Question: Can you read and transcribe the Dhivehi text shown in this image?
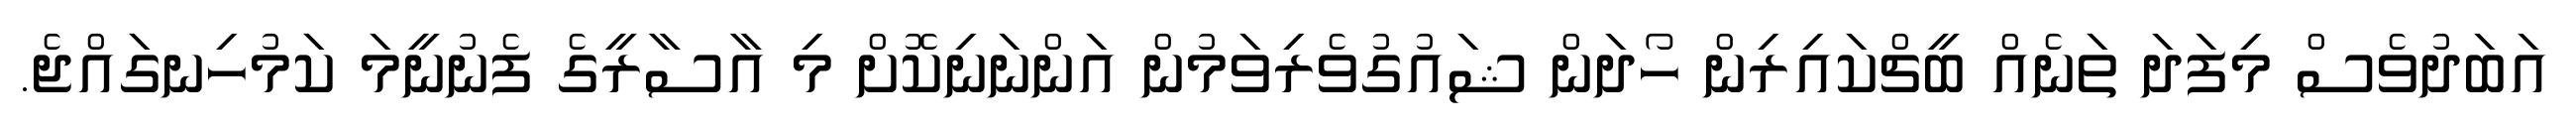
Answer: އަބަދުވެސް މިފަދަ ތަނެއް ބީޗްކައިރިން ހޯދަން ޝައުގުވެރިވަމުން އަންނަނިކޮށް މި އާސާރީގެ ފެނުނީމަ ކަމުހިނގައްޖެ.